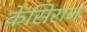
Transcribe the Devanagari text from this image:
केसिराज